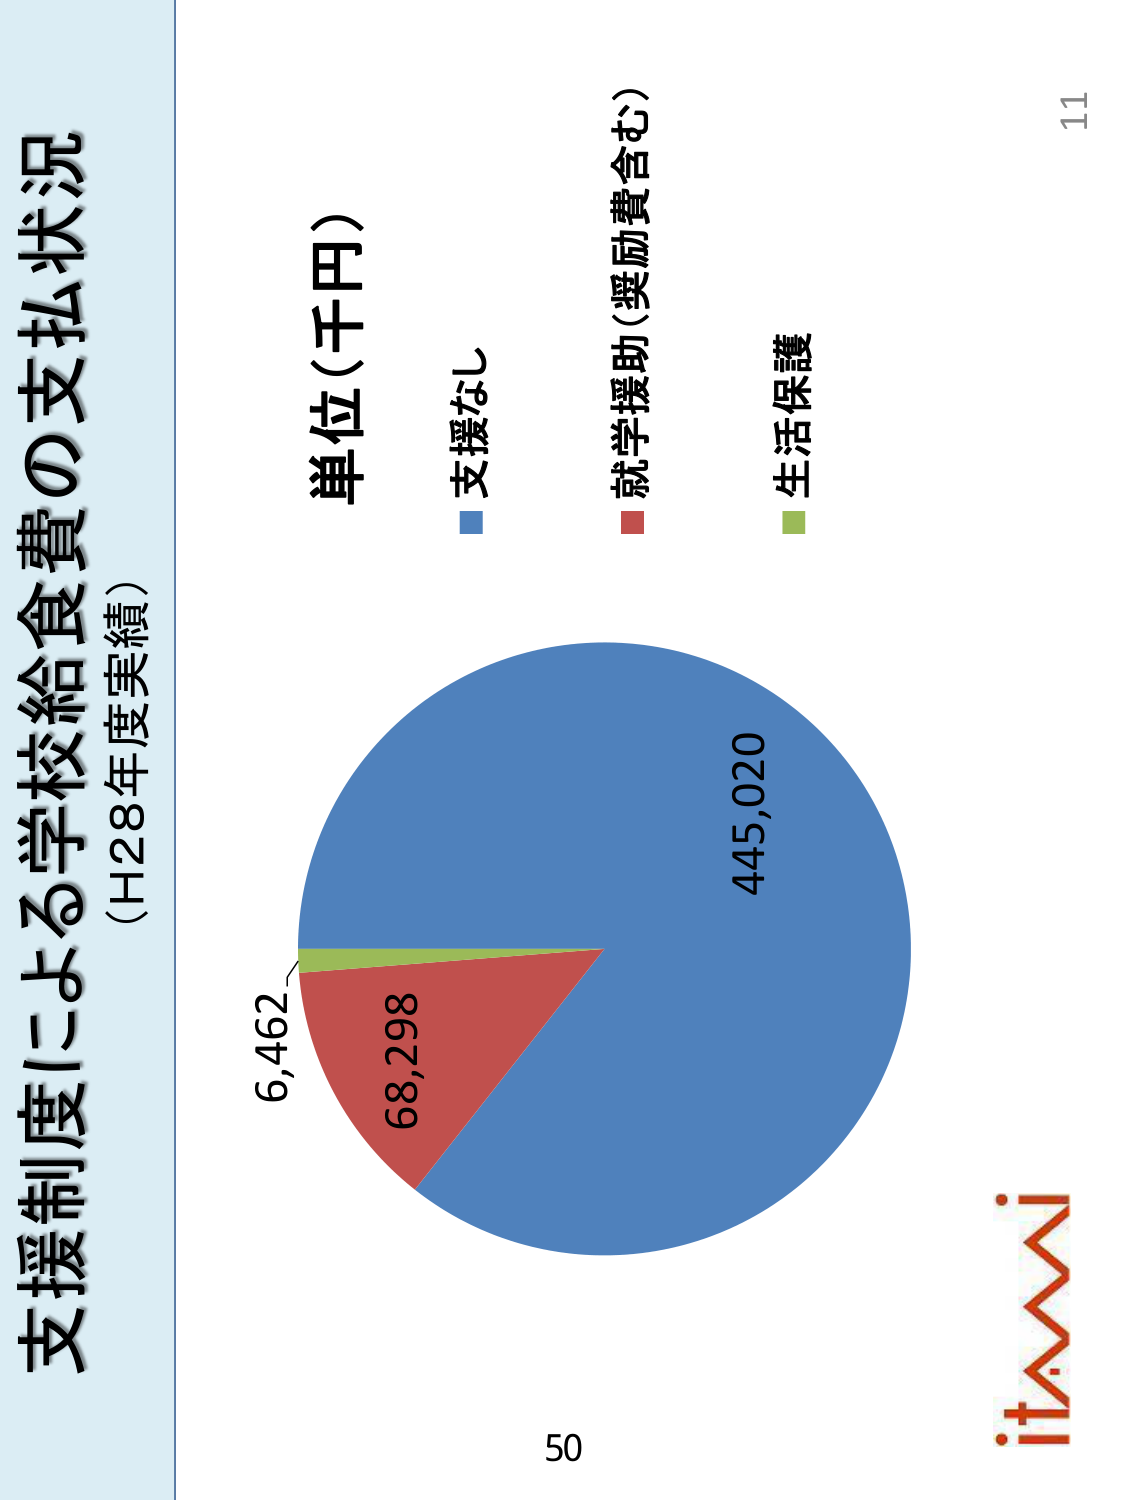
支援制度による学校給食費の支払状況
（H28年度実績）
単位（千円）
支援なし
就学援助（奨励費含む）
生活保護
445,020
68,298
6,462
50
11
itAMAI